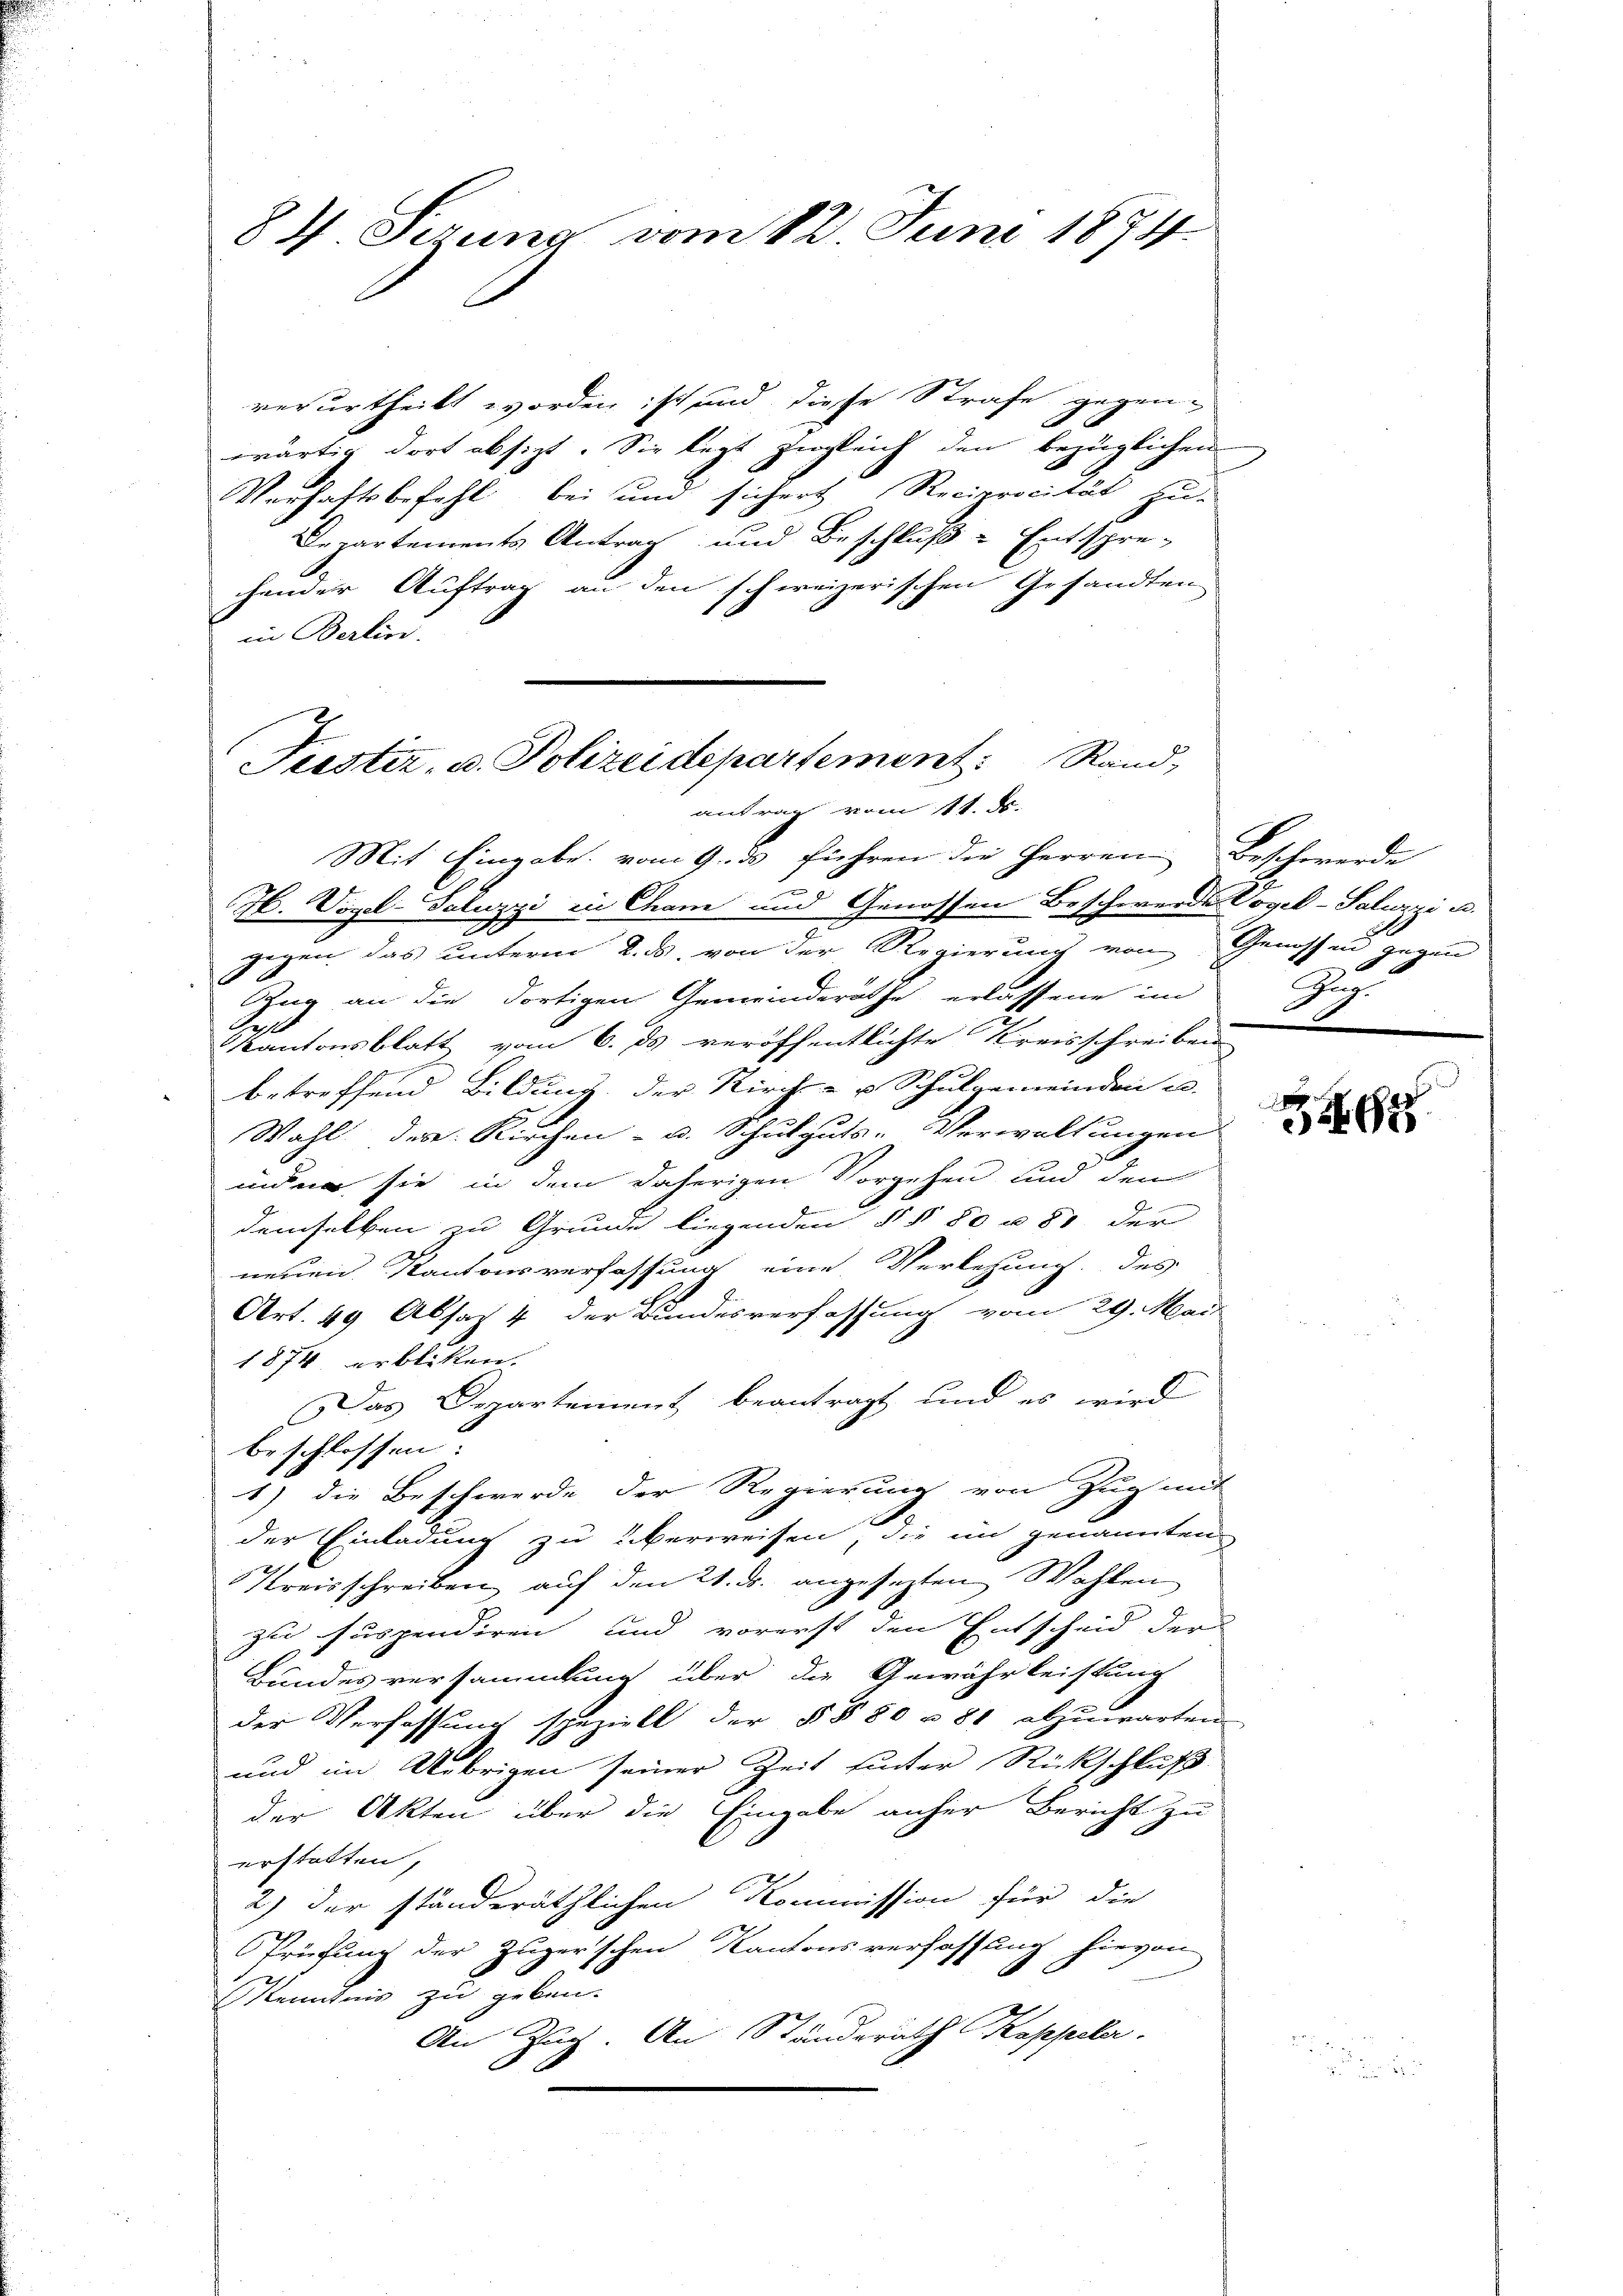
84. Sizung vom 12. Juni 1874.

verurtheilt worden ist und diese Strafe gegen-
x
wärtig dort absizt. Sie lezt zugleich den bezüglichen
Verhaftsbefehl bei und sichert Reciprocität zu-
Departements Antrag und Beschluß - Entspre-
hender Auftrag an den schweizerischen Gesandten
in Berlin.
Mit Eingabe vom 9. ds führen die Herren Beschwerde
H. Vogel-Saluzzi in Cham und Genossen Beschwerden Vogel-Saluzzi u.
gegen das unterm 2. ds. von der Regierung von Genossen gegen
Zug an die dortigen Gemeinderäthe erlassene im
.
Kantonsblatt vom 6. ds veröffentlichte Kreisschreiben
betreffend Bildung der Kirch- u Schulgemeinden u.
Wahl der Kirchen- u. Schulguts-Verwaltungen
inder sie in dem daherigen Vorgehen und den
demselben zu Grunde liegenden §§ 80 u. 81 der
neuen Kantonsverfassung eine Verlesung des
Art. 49 Absat 4 der Bundesverfassung vom 29. Mai
1874 erbliken.
Das Departement beantragt, und es wird
beschlossen.
1) die Beschwerde der Regierung von Zug mit
der Einladung zu überweisen, die in genannten
Kreisschreiben auf den 21. ds. angesezten Wahlen
zu suspendiren, und vorerst den Entscheid der
Bundesversammlung über die Gewährleistung
der Verfassung speziell der §§ 80 u. 81 abzuwarten
und im Uebrigen seiner Zeit hinter Rückschluß
der Akten über die Eingabe anher Bericht zu
erstatten,
2) der ständeräthlichen Kommission für die
Prüfung der Zugerschen Kantonsverfassung hievon
Kenntnis zu geben.
An Zug. An Ständerath Koppeler.

Justiz, u. Polizeidepartement Rand,
antrag vom 11. ds.

c
2

u